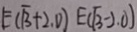
E ( \sqrt { 3 } + 2 , 0 ) E ( \sqrt { 3 } - 2 . 0 )